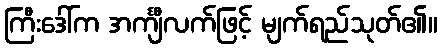
ကြီးဒေါ်က အင်္ကျီလက်ဖြင့် မျက်ရည်သုတ်၏။